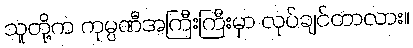
သူတို့က ကုမ္ပဏီအကြီးကြီးမှာ လုပ်ချင်တာလား။